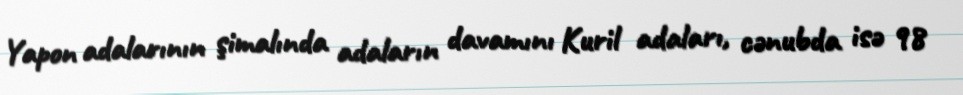
Yapon adalarının şimalında adaların davamını Kuril adaları, cənubda isə 98